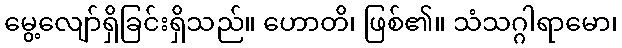
မွေ့လျော်ရှိခြင်းရှိသည်။ ဟောတိ၊ ဖြစ်၏။ သံသဂ္ဂါရာမော၊